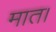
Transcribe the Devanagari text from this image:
मात।